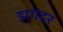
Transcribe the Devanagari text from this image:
डागदर